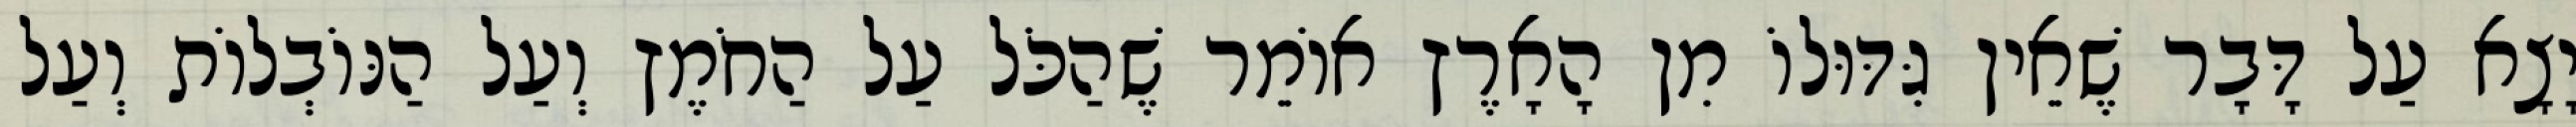
יָצָא עַל דָּבָר שֶׁאֵין גִּדּוּלוֹ מִן הָאָרֶץ אוֹמֵר שֶׁהַכֹּל עַל הַחֹמֶץ וְעַל הַנּוֹבְלוֹת וְעַל